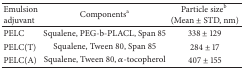
| Emulsion adjuvant | Componentsa | Particle sizeb (Mean ± STD, nm) |
 | --- | --- | --- |
 | PELC | Squalene, PEG-b-PLACL, Span 85 | 338 ± 129 |
 | PELC(T) | Squalene, Tween 80, Span 85 | 284 ± 17 |
 | PELC(A) | Squalene, Tween 80, α-tocopherol | 407 ± 155 |